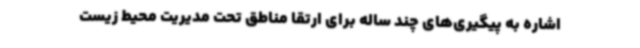
اشاره به پیگیری‌های چند ساله برای ارتقا مناطق تحت مدیریت محیط زیست